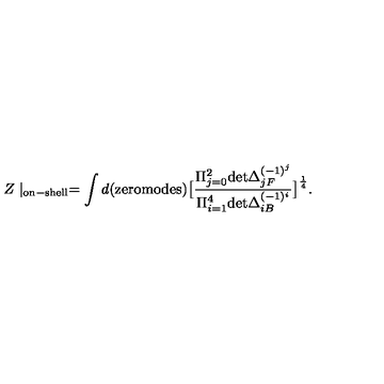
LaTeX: Z \mid _ { \mathrm { o n - s h e l l } } = \int d ( \mathrm { z e r o m o d e s } ) \big [ { \frac { \Pi _ { j = 0 } ^ { 2 } \mathrm { d e t } \Delta _ { j F } ^ { ( - 1 ) ^ { j } } } { \Pi _ { i = 1 } ^ { 4 } \mathrm { d e t } \Delta _ { i B } ^ { ( - 1 ) ^ { i } } } } \big ] ^ { \frac { 1 } { 4 } } .